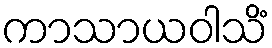
ကာသာယဝါသိံ